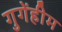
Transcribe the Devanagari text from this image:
गुगेंहीम